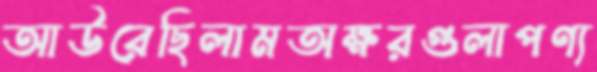
আউরেছিলামঅক্ষরগুলাপণ্য